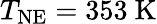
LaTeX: T_{\mathrm{NE}}=353\ \mathrm{K}